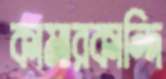
কামারকান্দি